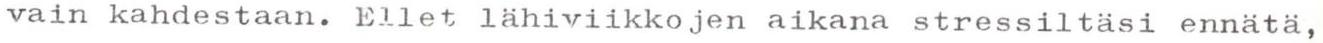
vain kahdestaan. Ellet lähiviikkojen aikana stressiltäsi ennätä,